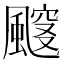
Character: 𱃈